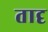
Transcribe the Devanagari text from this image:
तादृ